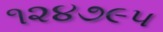
૧૨૪૭૯૫